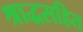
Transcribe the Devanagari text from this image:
श्राद्धसहित